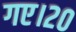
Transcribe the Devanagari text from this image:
गए।२०